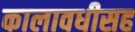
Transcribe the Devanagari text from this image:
कालावधीसह